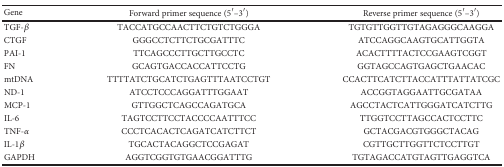
<table><thead><tr><td><b>Gene</b></td><td><b>Forward primer sequence (5′–3′)</b></td><td><b>Reverse primer sequence (5′–3′)</b></td></tr></thead><tbody><tr><td>TGF-<i>β</i></td><td>TACCATGCCAACTTCTGTCTGGGA</td><td>TGTGTTGGTTGTAGAGGGCAAGGA</td></tr><tr><td>CTGF</td><td>GGGCCTCTTCTGCGATTTC</td><td>ATCCAGGCAAGTGCATTGGTA</td></tr><tr><td>PAI-1</td><td>TTCAGCCCTTGCTTGCCTC</td><td>ACACTTTTACTCCGAAGTCGGT</td></tr><tr><td>FN</td><td>GCAGTGACCACCATTCCTG</td><td>GGTAGCCAGTGAGCTGAACAC</td></tr><tr><td>mtDNA</td><td>TTTTATCTGCATCTGAGTTTAATCCTGT</td><td>CCACTTCATCTTACCATTTATTATCGC</td></tr><tr><td>ND-1</td><td>ATCCTCCCAGGATTTGGAAT</td><td>ACCGGTAGGAATTGCGATAA</td></tr><tr><td>MCP-1</td><td>GTTGGCTCAGCCAGATGCA</td><td>AGCCTACTCATTGGGATCATCTTG</td></tr><tr><td>IL-6</td><td>TAGTCCTTCCTACCCCAATTTCC</td><td>TTGGTCCTTAGCCACTCCTTC</td></tr><tr><td>TNF-<i>α</i></td><td>CCCTCACACTCAGATCATCTTCT</td><td>GCTACGACGTGGGCTACAG</td></tr><tr><td>IL-1<i>β</i></td><td>TGCACTACAGGCTCCGAGAT</td><td>CGTTGCTTGGTTCTCCTTGT</td></tr><tr><td>GAPDH</td><td>AGGTCGGTGTGAACGGATTTG</td><td>TGTAGACCATGTAGTTGAGGTCA</td></tr></tbody></table>